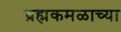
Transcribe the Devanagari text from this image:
ब्रह्मकमळाच्या